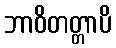
ဘာဝိတတ္တာပိ